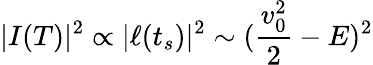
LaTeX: |I(T)|^{2}\propto|\ell(t_{s})|^{2}\sim(\frac{v_{0}^{2}}{2}-E)^{2}